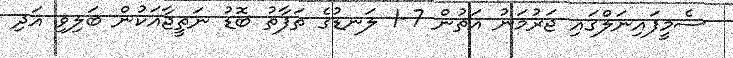
ސެމީފައިނަލްގައި ޖަރުމަނު އަތުން 7-1 ލަނޑުގެ ތަފާތު ބޮޑު ނަތީޖާއަކުން ބަލިވި އަދި